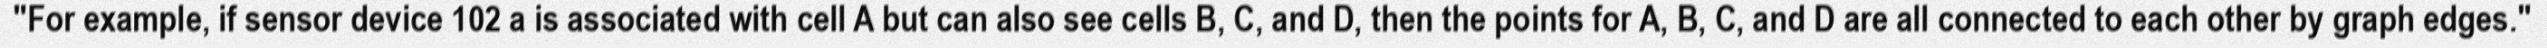
"For example, if sensor device 102 a is associated with cell A but can also see cells B, C, and D, then the points for A, B, C, and D are all connected to each other by graph edges."